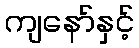
ကျနော်နှင့်